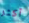
أكثر